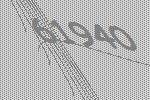
61940